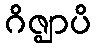
ဂိဇ္ဈာပိ